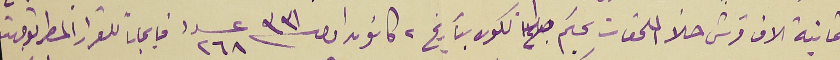
ثمانية الاف قرش حلاً الملحقات بحكم تكون بتاريخ ٢ كانون اول سنة ٣٣١ عدد ٢٦٨ في ايجاب للقرار المسطر توجهت